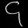
Digit: ၄